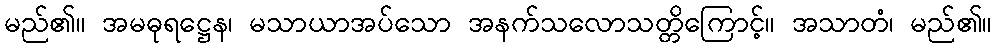
မည်၏။ အမဓုရဋ္ဌေန၊ မသာယာအပ်သော အနက်သလောသတ္တိကြောင့်။ အသာတံ၊ မည်၏။